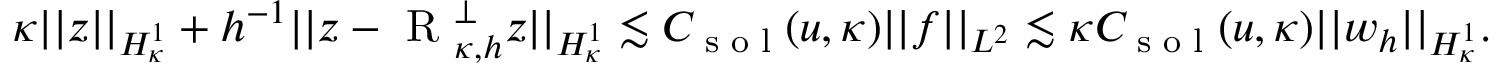
\kappa \lvert | z \rvert | _ { H _ { \kappa } ^ { 1 } } + h ^ { - 1 } \lvert | z - \textup { R } _ { \kappa , h } ^ { \perp } z \rvert | _ { H _ { \kappa } ^ { 1 } } \lesssim C _ { \textup { s o l } } ( u , \kappa ) \lvert | f \rvert | _ { L ^ { 2 } } \lesssim \kappa C _ { \textup { s o l } } ( u , \kappa ) \lvert | w _ { h } \rvert | _ { H _ { \kappa } ^ { 1 } } .